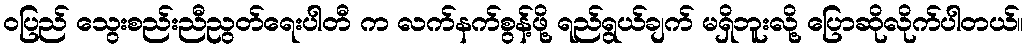
ဝပြည် သွေးစည်းညီညွတ်ရေးပါတီ က လက်နက်စွန့်ဖို့ ရည်ရွယ်ချက် မရှိဘူးလို့ ပြောဆိုလိုက်ပါတယ်။